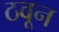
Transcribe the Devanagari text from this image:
ठवून